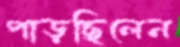
পাড়ছিলেন